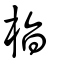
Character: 栺